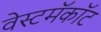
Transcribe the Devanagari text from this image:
वेस्टमॅकॉट